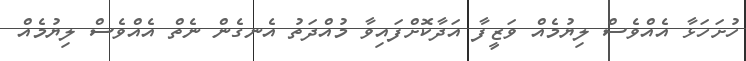
ހުށަހަޅާ އެއްވެސް ލިޔުމެއް ވަޒީފާ އަދާކޮށްފައިވާ މުއްދަތު އެނގެން ނެތް އެއްވެސް ލިޔުމެއް